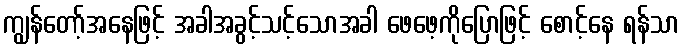
ကျွန်တော့်အနေဖြင့် အခါအခွင့်သင့်သောအခါ ဖေဖေ့ကိုပြောဖြင့် စောင့်နေ ရန်သာ